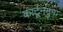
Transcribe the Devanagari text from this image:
कार्टूननुमा